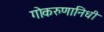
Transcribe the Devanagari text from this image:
गोकरुणानिधी